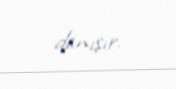
danışır.